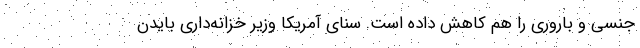
جنسی و باروری را هم کاهش داده است. سنای آمریکا وزیر خزانه‌داری بایدن